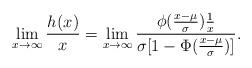
LaTeX: \begin{align*}\lim_{x\to\infty}\frac{h_{}(x)}{x}&=\lim_{x\to\infty}\frac{\phi(\frac{x-\mu}{\sigma})\frac{1}{x}}{\sigma[1-\Phi(\frac{x-\mu}{\sigma})]}.\end{align*}